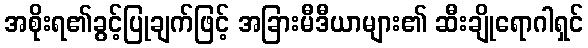
အစိုးရ၏ခွင့်ပြုချက်ဖြင့် အခြားမီဒီယာများ၏ ဆီးချိုရောဂါရှင်